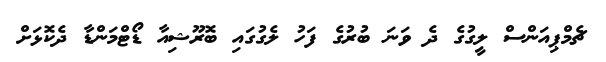
ޗެމްޕިއަންސް ލީގުގެ ދެ ވަނަ ބުރުގެ ފަހު ލެގުގައި ބޮރޫޝިއާ ޑޯޓްމަންޑާ ދެކޮޅަށް